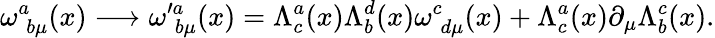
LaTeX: \omega_{\; b\mu}^{a}(x)\longrightarrow\omega_{\; b\mu}^{\prime a}(x)=\Lambda_{c}^{a}(x)\Lambda_{b}^{d}(x)\omega_{\; d\mu}^{c}(x)+\Lambda_{c}^{a}(x)\partial_{\mu}\Lambda_{b}^{c}(x).